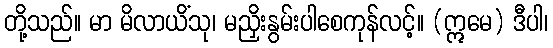
တို့သည်။ မာ မိလာယိံသု၊ မညှိးနွမ်းပါစေကုန်လင့်။ (ဣမေ) ဒီပါ၊